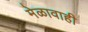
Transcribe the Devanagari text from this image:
मेळावाही